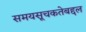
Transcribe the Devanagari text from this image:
समयसूचकतेबद्दल